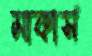
মাকার্স